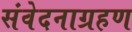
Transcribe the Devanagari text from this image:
संवेदनाग्रहण